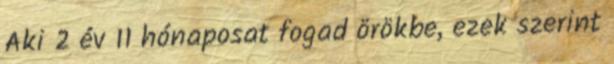
Aki 2 év 11 hónaposat fogad örökbe, ezek szerint